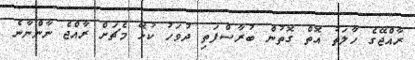
ރާއްޖޭގެ ހާލަތު އޮތް ގޮތުން ބުރާސްފަތި ދުވަހު ކުޅޭ މެޗަށް ރާއްޖެ ނާންނާނެ